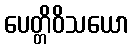
ပေတ္တိဝိသယော